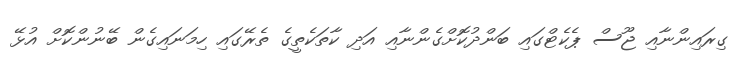
ގިރައިންނާއި ޖޫސް ޕެކެޓްގައި ބަންދުކޮށްގެންނާއި އަދި ކާތަކެތީގެ ތެރޭގައި ހިމަނައިގެން ބޭނުންކޮށް އުޅޭ